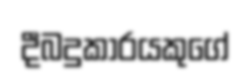
දීබදුකාරයකුගේ